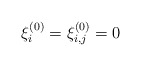
\begin{align*} \xi^{(0)}_i&=\xi^{(0)}_{i,j}=0\end{align*}